Riigikantselei, lk 11
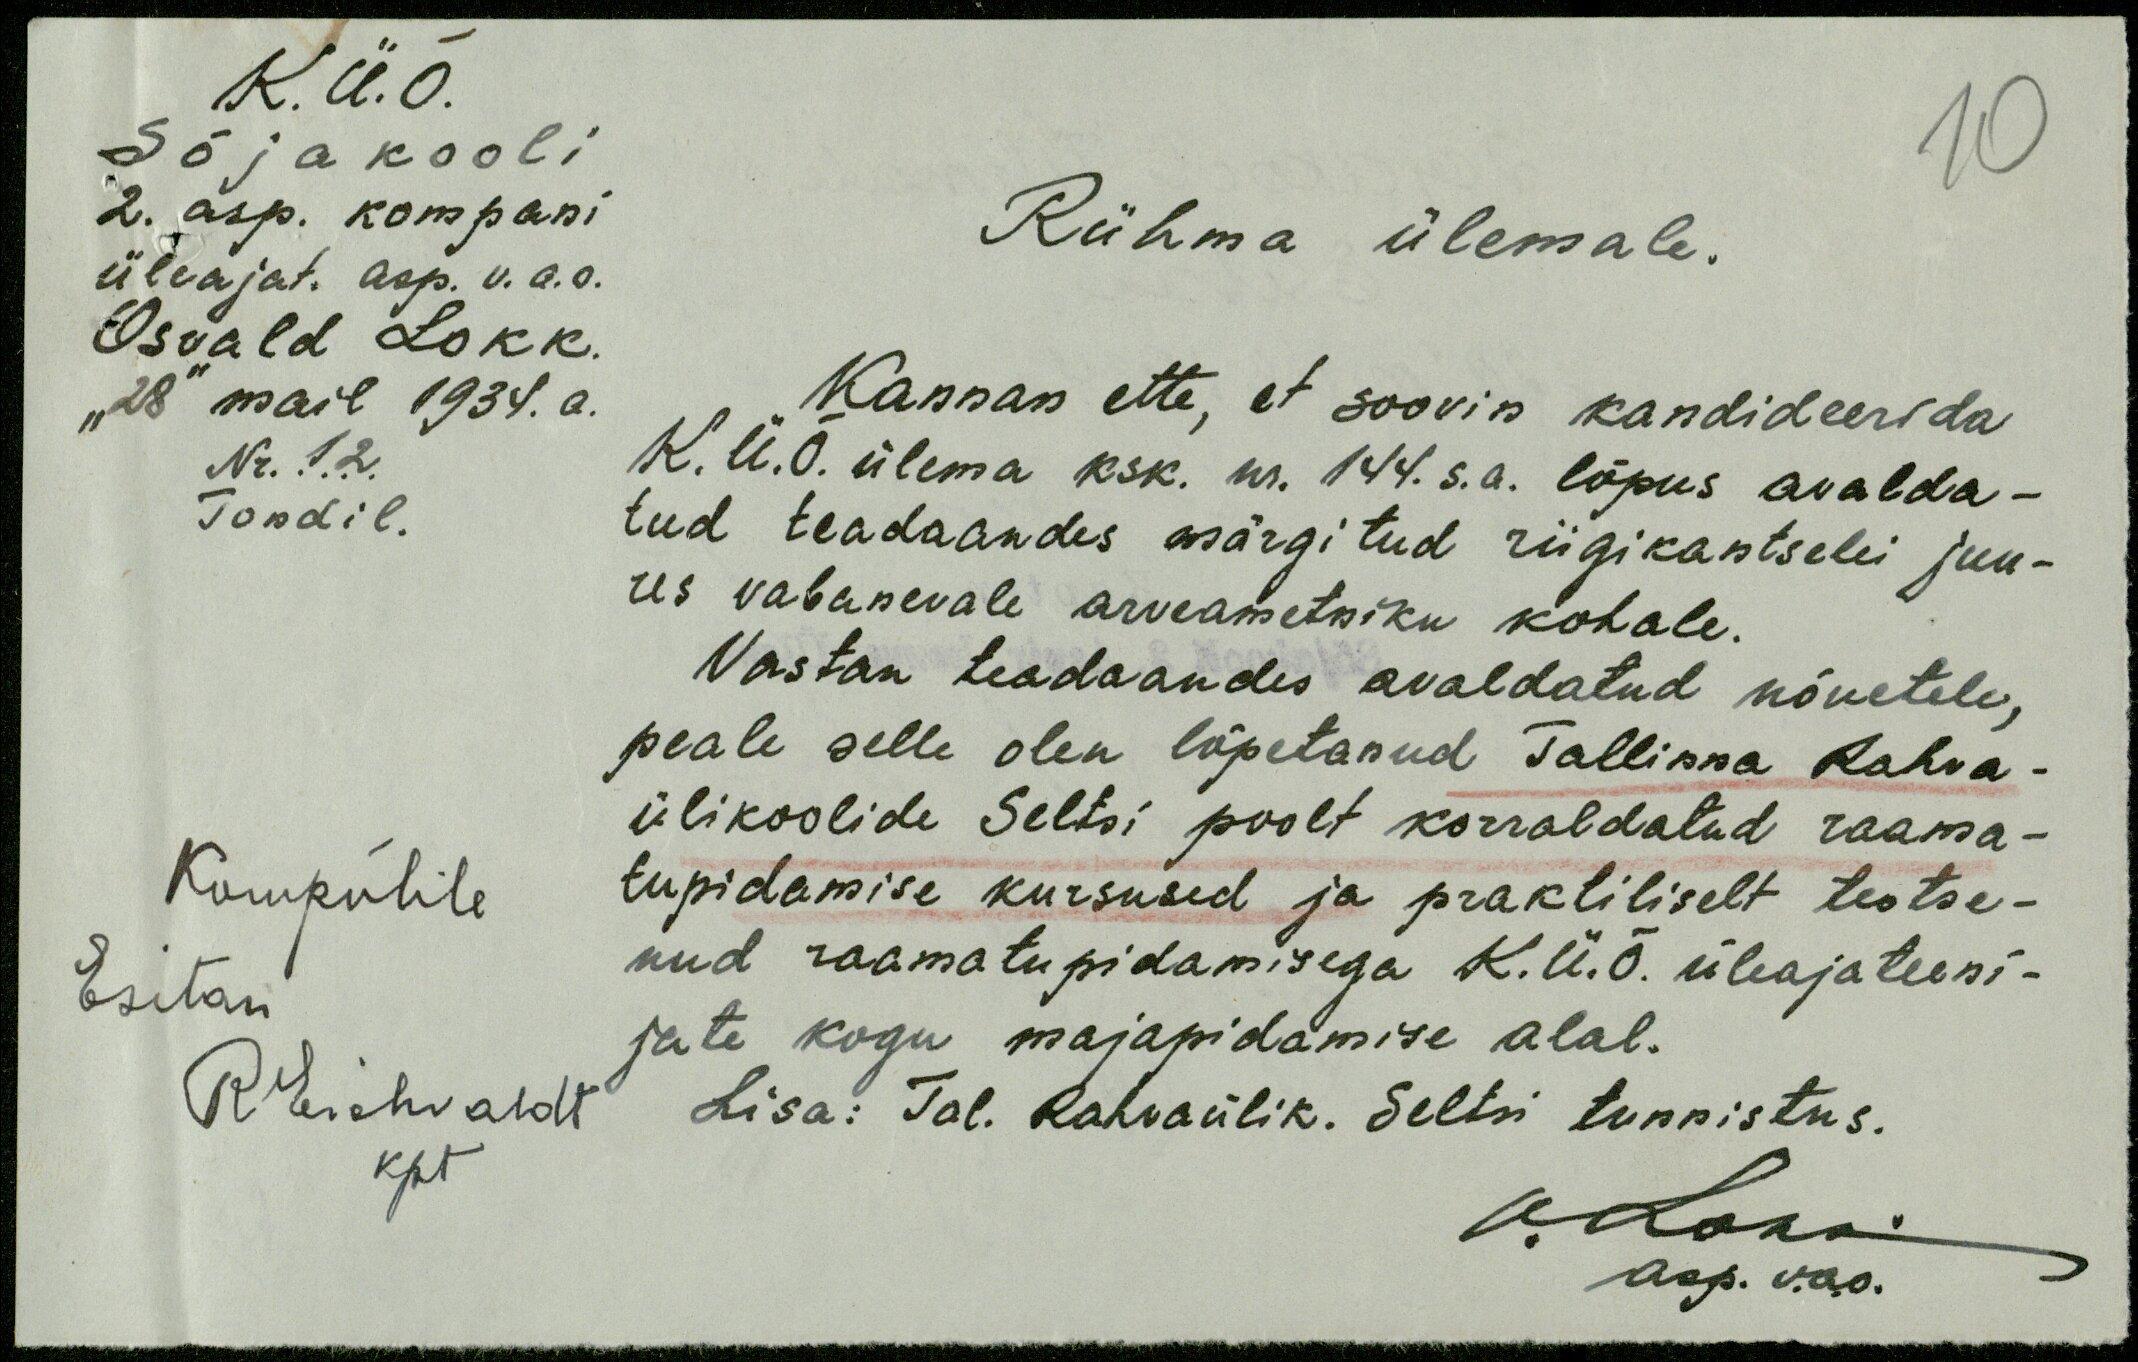
K. Ü. Õ.
Sõjakooli
2. asp. kompani
üleajat. asp. v. a. o.
Osvald Lokk.
"28" mail 1934. a.
Nr. 12
Tondil.
Rühma ülemale.
Kannan ette, et soovin kandideerida
K. Ü. Õ. ülema ksk. nr. 144. s.a. lõpus avalda-
tud teadaandes märgitud riigikantselei juu-
res vabanevale arveametniku kohale.
Vastan teadaandes avaldatud nõuetele,
peale selle olen lõpetanud Tallinna Rahva-
ülikoolide Seltsi poolt korraldatud raama-
tupidamise kursused ja praktiliselt teotse-
nud raamatupidamisega K. Ü. Õ. üleajateeni-
jate kogu majapidamise alal.
Kompuhile
Esitan
R Eichvaldt
kpt
Lisa: Tal. Rahvaülik. Seltsi tunnistus.
O. Lokk.
asp. v.a.o.